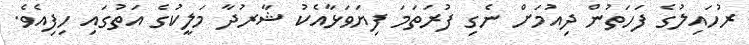
ރުހައިލުގެ ފަހަތުން ދިއުމަށް ނެގި ފުރަތަމަ ފިޔަވަޅާއެކު ޝާރުދާ މަލީކުގެ އަތުގައި ހިފިއެވެ.